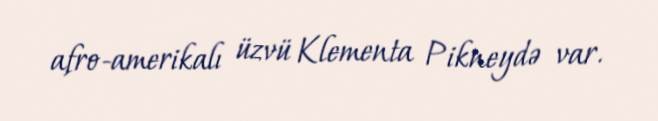
afro-amerikalı üzvü Klementa Pikneydə var.